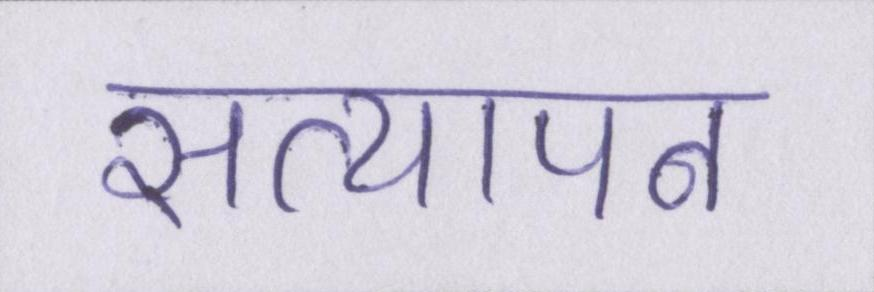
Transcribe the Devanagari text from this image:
सत्यापन